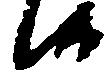
候